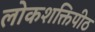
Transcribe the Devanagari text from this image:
लोकशक्तिपीठ